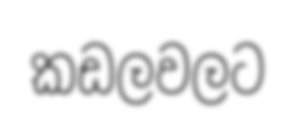
කඩලවලට